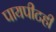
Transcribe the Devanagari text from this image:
पायपीटही